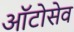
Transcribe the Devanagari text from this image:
ऑटोसेव